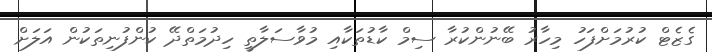
ގެޒެޓް ކުރުމަށްފަހު މިހާރު ބޭނުންކުރާ ސިމް ކާޑުތަކާއި މުވާސަލާތީ ހިދުމަތްދޭ ކުންފުނިތަކުން އަލަށް